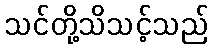
သင်တို့သိသင့်သည်